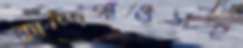
কান্দিগাঁওসহ